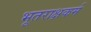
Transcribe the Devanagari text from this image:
भूतराक्षकर्म